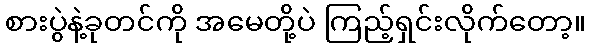
စားပွဲနဲ့ခုတင်ကို အမေတို့ပဲ ကြည့်ရှင်းလိုက်တော့။